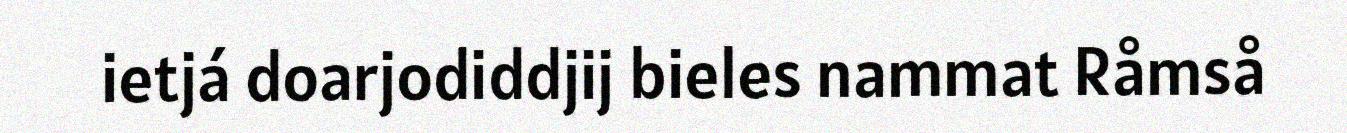
ietjá doarjodiddjij bieles nammat Råmså